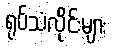
ရုပ်သံလိုင်းများ